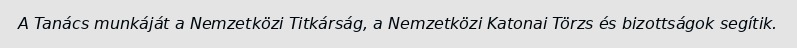
A Tanács munkáját a Nemzetközi Titkárság, a Nemzetközi Katonai Törzs és bizottságok segítik.